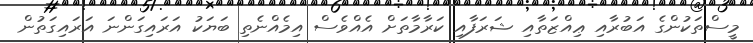
މީސްތަކުންގެ އަބުރާއި ޢިއްޒަތާއި ޝަރަފާއި ކަރާމާތަށް އެއްވެސް އިމެއްނެތި ބަޔަކު އަރައިގަންނަ އަރައިގަތުން